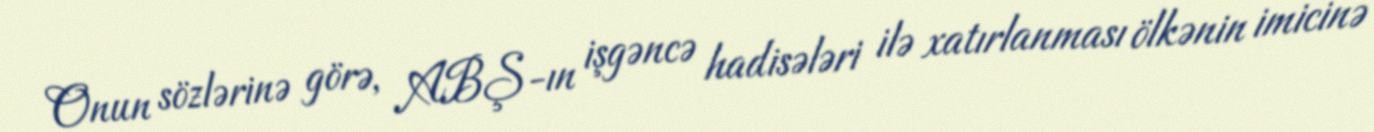
Onun sözlərinə görə, ABŞ-ın işgəncə hadisələri ilə xatırlanması ölkənin imicinə